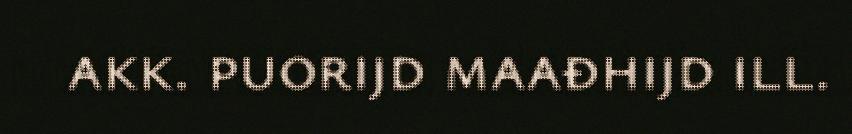
akk. puorijd maađhijd ill.